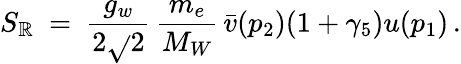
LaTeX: S_{\mathbb{R}}\ =\ \frac{{g_{w}}}{{2\sqrt{}{{2}}}}\, \frac{{m_{e}}}{{M_{W}}}\, \bar{{v}}(p_{2})(1+\gamma_{5})u(p_{1})\, .